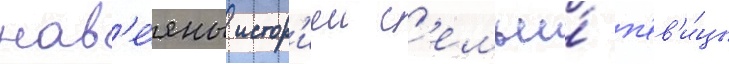
нав'е́яны истор'иеи с'емьи́ п'ев'и́цы